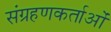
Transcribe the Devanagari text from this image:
संग्रहणकर्ताओं